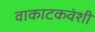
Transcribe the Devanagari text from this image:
वाकाटकवंशी